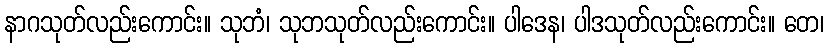
နာဂသုတ်လည်းကောင်း။ သုဘံ၊ သုဘသုတ်လည်းကောင်း။ ပါဒေန၊ ပါဒသုတ်လည်းကောင်း။ တေ၊